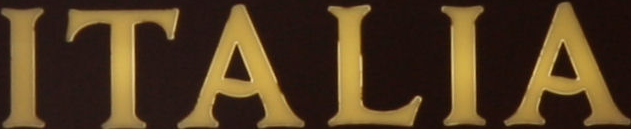
ITALIA